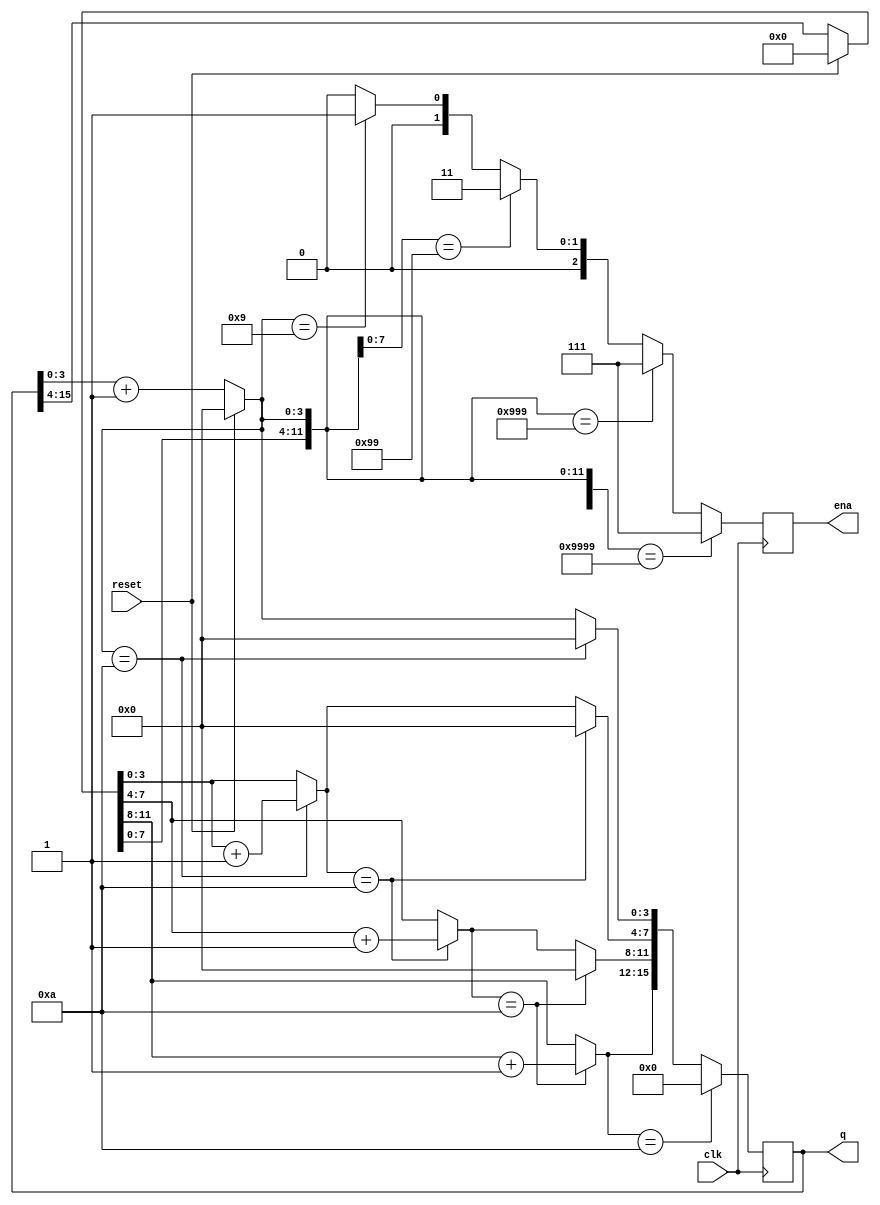
module top_module (
    input clk,
    input reset,   // Synchronous active-high reset
    output [3:1] ena,
    output [15:0] q);
    
    always @(posedge clk) begin
        if(reset)
        	q = 0;
    	else
            q[3:0] = q + 1;
        
        if(q ==16'b1001_1001_1001_1001)
            ena = 15;
        else if(q[11:0] ==12'b1001_1001_1001)
            ena = 7;
        else if(q[7:0] ==8'b1001_1001)
            ena = 3;
        else if(q[3:0] == 4'b1001)
            ena = 1;
        else
            ena = 0;
        
        if(q[3:0] == 10) begin
            q[3:0] = 0;
            q[7:4] = q[7:4] + 1;
        end
        
        if(q[7:4] == 10) begin
            q[7:4] = 0;
            q[11:8] = q[11:8] + 1;
        end
        
        if(q[11:8] == 10) begin
            q[11:8] = 0;
            q[15:12] = q[15:12] + 1;
        end
        
        if(q[15:12] == 10)
            q = 0;
        
	end

endmodule